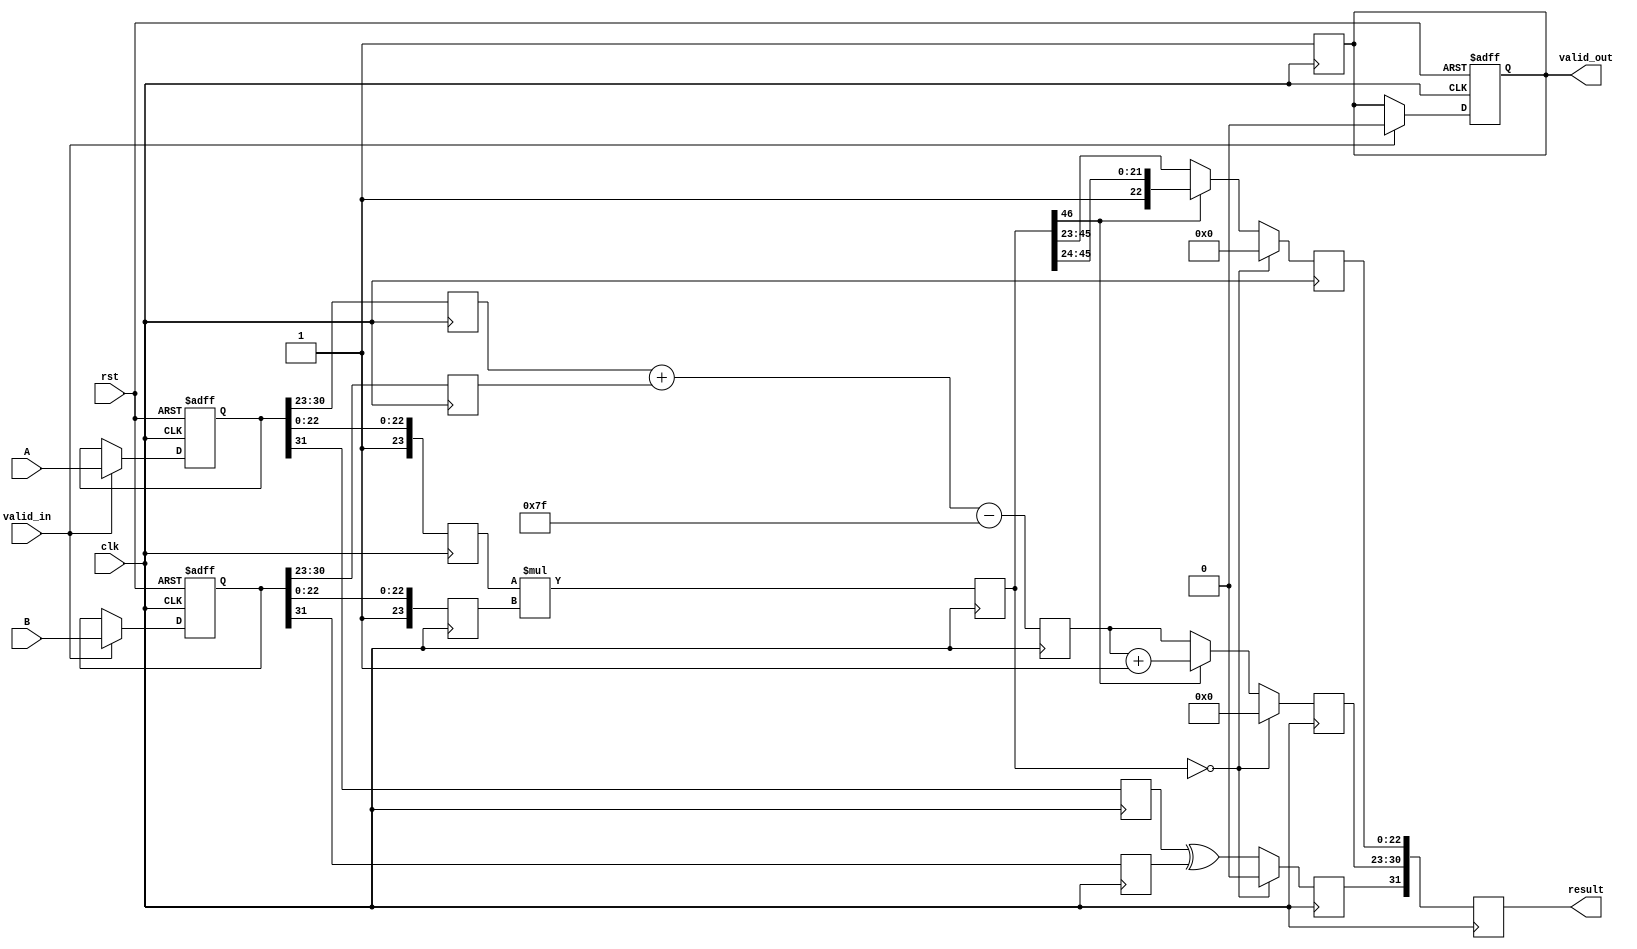
module fp_multiplier (
    input clk,
    input rst,
    input valid_in,
    input [31:0] A, // First floating-point input
    input [31:0] B, // Second floating-point input
    output reg valid_out,
    output reg [31:0] result // Floating-point output
);

    // Pipeline registers
    reg [31:0] A_reg, B_reg;
    reg [7:0] exp_A, exp_B, exp_out;
    reg [23:0] mant_A, mant_B, mant_out;
    reg sign_A, sign_B, sign_out;
    reg [46:0] mant_product; // 23 + 23 bits for mantissa multiplication
    reg [8:0] exp_sum; // To hold the sum of exponents

    // Constants
    localparam BIAS = 8'd127;

    // Stage 1: Input registration and decomposition
    always @(posedge clk or posedge rst) begin
        if (rst) begin
            A_reg <= 32'b0;
            B_reg <= 32'b0;
            valid_out <= 1'b0;
        end else if (valid_in) begin
            A_reg <= A;
            B_reg <= B;
            valid_out <= 1'b0; // Output is not valid until processed
        end
    end

    // Stage 2: Decompose inputs
    always @(posedge clk) begin
        sign_A <= A_reg[31];
        sign_B <= B_reg[31];
        exp_A <= A_reg[30:23];
        exp_B <= B_reg[30:23];
        mant_A <= {1'b1, A_reg[22:0]}; // Implicit leading 1
        mant_B <= {1'b1, B_reg[22:0]}; // Implicit leading 1
    end

    // Stage 3: Mantissa multiplication
    always @(posedge clk) begin
        mant_product <= mant_A * mant_B; // 24 x 24 = 48 bits
    end

    // Stage 4: Exponent calculation and normalization
    always @(posedge clk) begin
        exp_sum <= exp_A + exp_B - BIAS; // Add exponents and subtract bias
        // Normalization
        if (mant_product[46]) begin
            mant_out <= mant_product[46:24]; // Shift right
            exp_out <= exp_sum + 1; // Increment exponent
        end else begin
            mant_out <= mant_product[45:23]; // Keep mantissa
            exp_out <= exp_sum; // Keep exponent
        end

        // Handle zero case
        if (mant_product == 0) begin
            exp_out <= 8'b0;
            mant_out <= 24'b0;
            sign_out <= 1'b0; // Zero is positive
        end else begin
            sign_out <= sign_A ^ sign_B; // XOR for sign
        end
    end

    // Stage 5: Output registration
    always @(posedge clk) begin
        result <= {sign_out, exp_out, mant_out[22:0]}; // Assemble final result
        valid_out <= 1'b1; // Mark output as valid
    end

endmodule